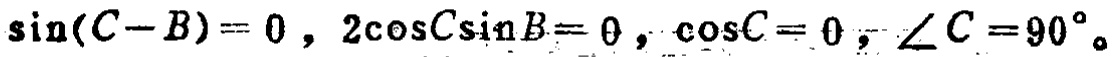
\(\sin(C - B)=0,2\cos C\sin B = 0,\cos C = 0,\angle C = 90^{\circ}\)